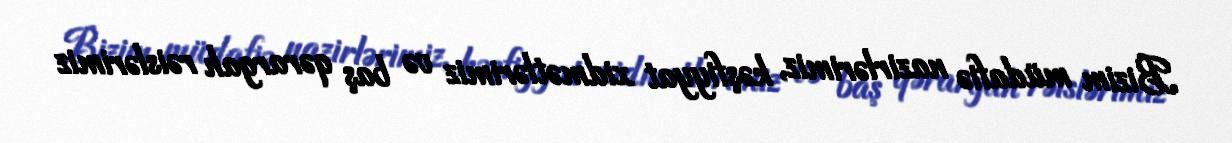
Bizim müdafiə nazirlərimiz, kəşfiyyat xidmətlərimiz və baş qərargah rəislərimiz